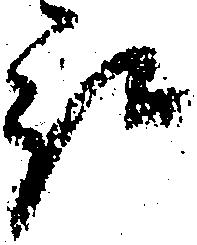
被